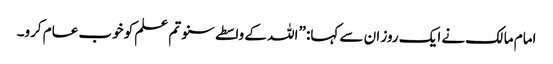
امام مالک نے ایک روز ان سے کہا: ”اللہ کے واسطے سنو تم علم کو خوب عام کرو۔